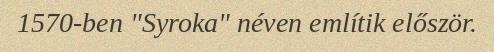
1570-ben "Syroka" néven említik először.